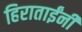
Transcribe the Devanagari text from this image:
हिराताईंनी